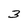
Character: 3